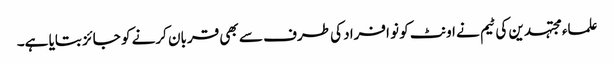
علماء مجتہدین کی ٹیم نے اونٹ کو نو افراد کی طرف سے بھی قربان کرنے کو جائز بتایا ہے۔